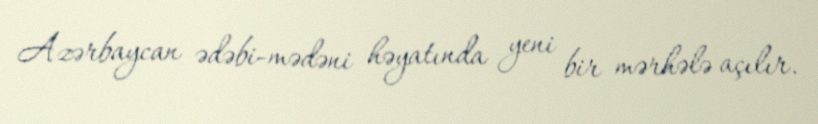
Azərbaycan ədəbi-mədəni həyatında yeni bir mərhələ açılır.